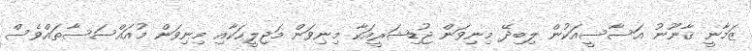
ޒަމާނީ ޤާނޫނު އަސާސީއަކުން ލިބިދޭ މިނިވަން ޖުޑިޝަރީއަކާ މިނިވަން މަޖިލީހަކާއި މިނިވަން މުއައްސަސާތައްވެސް